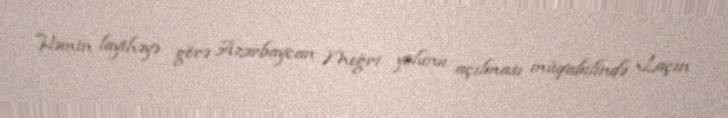
Həmin layihəyə görə Azərbaycan Meğri yolunu açılması müqabilində Laçın